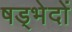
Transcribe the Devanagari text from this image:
षड्भेदों